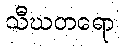
သီဃတရော